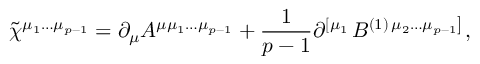
\tilde { \chi } ^ { \mu _ { 1 } \ldots \mu _ { p - 1 } } = \partial _ { \mu } A ^ { \mu \mu _ { 1 } \ldots \mu _ { p - 1 } } + \frac 1 { p - 1 } \partial ^ { \left[ \mu _ { 1 } \right. } B ^ { ( 1 ) \left. \mu _ { 2 } \ldots \mu _ { p - 1 } \right] } ,